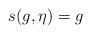
LaTeX: \begin{align*} s(g,\eta) = g \end{align*}